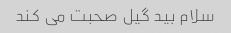
سلام بید گیل صحبت می کند